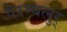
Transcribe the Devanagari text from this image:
पेरम्बलुर्